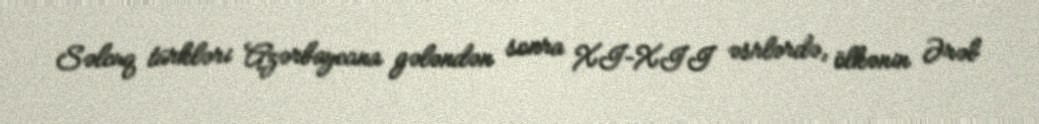
Səlcuq türkləri Azərbaycana gələndən sonra XI–XII əsrlərdə, ölkənin Ərəb